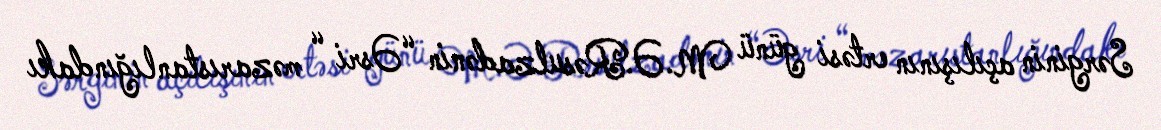
Sərginin açılışının ertəsi günü M.Ə.Rəsulzadənin “Əsri “ məzarıstanlığındakı